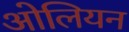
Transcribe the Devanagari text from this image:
ओलियन